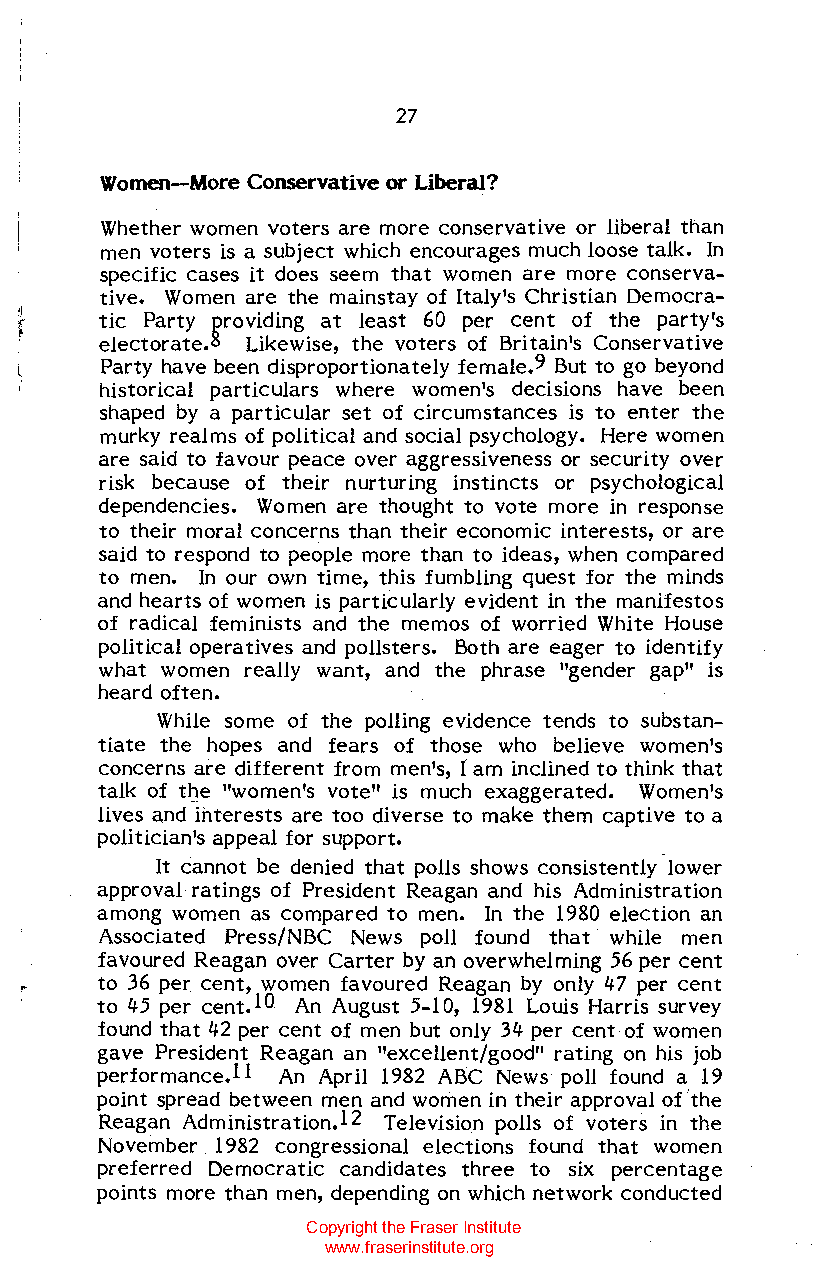
27
 Women--More Conservative or Liberal?
 Whether women voters are more conservative or liberal than
 men voters is a subject which encourages much loose talk. In
 specific cases it does seem that women are more conserva
 tive. Women are the mainstay of Italy's Christian Democra
 tic Party providing at least 60 per cent of the party's
 electorate.8 Likewise, the voters of Britain's Conservative
 Party have been disproportionately female.9 But to go beyond
 historical particulars where women's decisions have been
 shaped by a particular set of circumstances is to enter the
 murky realms of political and social psychology. Here women
 are said to favour peace over aggressiveness or security over
 risk because of their nurturing instincts or psychological
 dependencies. Women are thought to vote more in response
 to their moral concerns than their economic interests, or are
 said to respond to people more than to ideas, when compared
 to men. In our own time, this fumbling quest for the minds
 and hearts of women is particularly evident in the manifestos
 of radical feminists and the memos of worried White House
 political operatives and pol1sters. Both are eager to identify
 what women real1y want, and the phrase "gender gap" is
 heard often.
 While some of the po11ing evidence tends to substan
 tiate the hopes and fears of those who believe women's
 concerns are different from men's, ( am inclined to think that
 talk of ti:le "women's vote" is much exaggerated. Women's
 lives and interests are too diverse to make them captive to a
 politician's appeal for support.
 It cannot be denied that pol1s shows consistently lower
 approval ratings of President Reagan and his Administration
 among women as compared to men. In the 1980 election an
 Associated Press/NBC News pol1 found that while men
 favoured Reagan over Carter by an overwhelming 56 per cent
 to 36 per cent, women favoured Reagan by only 47 per cent
 ~    to 45 per cent.10 An August 5-10, 1981 Louis Harris survey
 found that 42 per cent of men but only 34 per cent of women
 gave President Reagan an "excel1ent/good" rating on his job
 performance) 1 An April 1982 ABC News pol1 found a 19
 point spread between men and women in their approval of the
 I
 Reagan Administration)2 Television pol1s of voters in the
 November 1982 congressional elections found that women
 preferred Democratic candidates three to six percentage
 points more than men, depending on which network conducted
 Copyright the Fraser Institute
 www.fraserinstitute.org